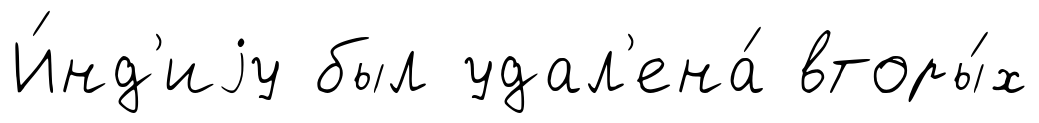
И́нд'иjу был удал'ена́ вторы́х